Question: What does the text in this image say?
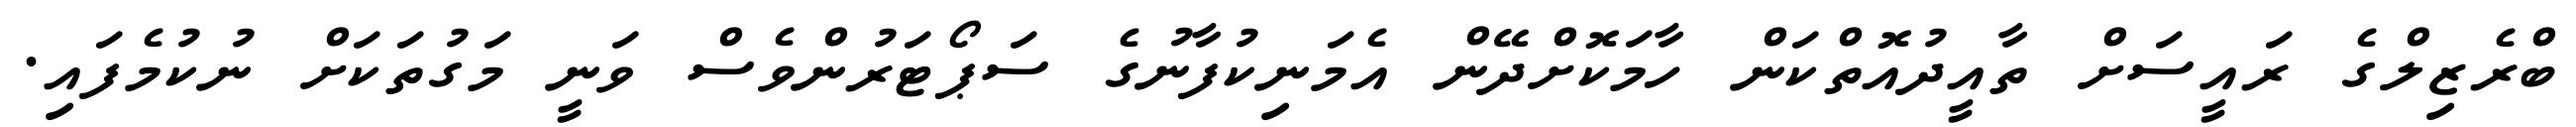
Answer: ބްރެޒިލްގެ ރައީސަށް ތާއީދުއޮތްކަން ހާމަކޮށްދޭން އެމަނިކުފާނުގެ ސަޕޯޓަރުންވެސް ވަނީ މަގުތަކަށް ނުކުމެފައި.